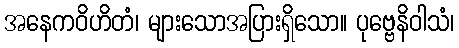
အနေကဝိဟိတံ၊ များသောအပြားရှိသော။ ပုဗ္ဗေနိဝါသံ၊